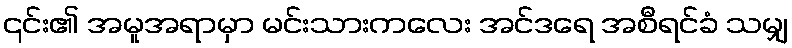
၎င်း၏ အမူအရာမှာ မင်းသားကလေး အင်ဒရေ အစီရင်ခံ သမျှ